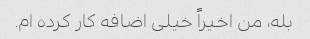
بله، من اخیراً خیلی اضافه کار کرده ام.